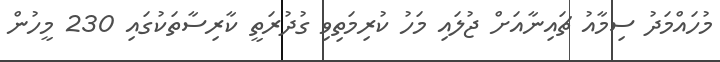
މުހައްމަދު ސިމާއު ޗައިނާއަށް ޖުލައި މަހު ކުރިމަތިވި ގުދުރަތީ ކާރިސާތަކުގައި 230 މީހުން